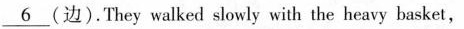
\underline{6} (边).They walked slowly with the heavy basket,